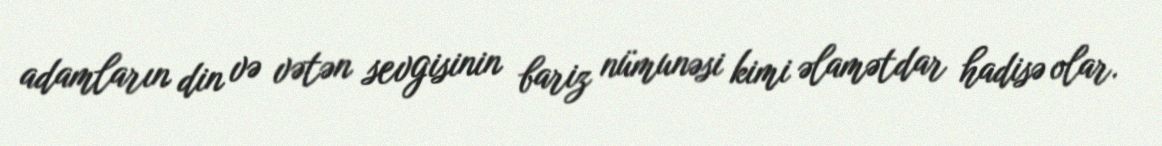
adamların din və vətən sevgisinin bariz nümunəsi kimi əlamətdar hadisə olar.